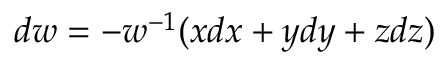
d w = - w ^ { - 1 } ( x d x + y d y + z d z )